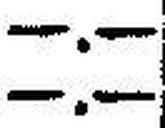
—.—